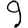
Digit: 9